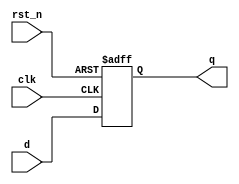
module d_flip_flop (
    input wire clk,        // Clock input
    input wire rst_n,     // Active low reset
    input wire d,         // Data input
    output reg q          // Data output
);

// Behavioral modeling using @ (event) construct
always @(posedge clk or negedge rst_n) begin
    if (!rst_n) begin
        // Reset behavior
        q <= 1'b0;   // Set output to 0 when reset is active
    end else begin
        // On the rising edge of clock, capture the data input
        q <= d;      // Assign input d to output q
    end
end

endmodule